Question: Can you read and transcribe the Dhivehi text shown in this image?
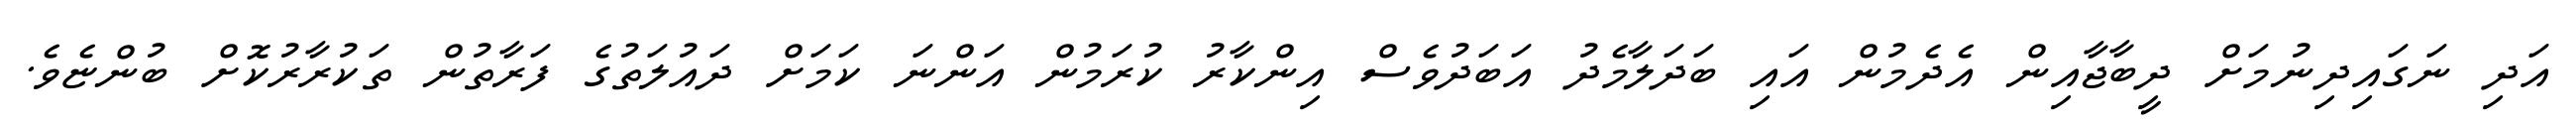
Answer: އަދި ނަގައިދިނުމަށް ދީބާޖާއިން އެދެމުން އައި ބަދަލާމެދު އަބަދުވެސް އިންކާރު ކުރަމުން އަންނަ ކަމަށް ދައުލަތުގެ ފަރާތުން ތަކުރާރުކޮށް ބުންޏެވެ.